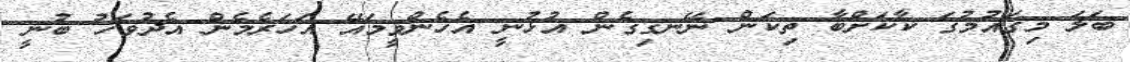
ބަލަ މިގައުމުގަ ކާކަށްބާ ތިކަން ނޭނގިގެން އުޅުނީ އެހެންވީމައޭ އަހަރެމެން އެދުވަހު ބުނީ